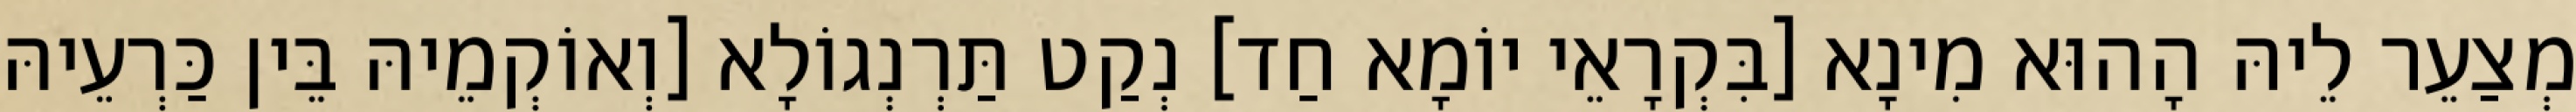
מְצַעֵר לֵיהּ הָהוּא מִינָא [בִּקְרָאֵי יוֹמָא חַד] נְקַט תַּרְנְגוֹלָא [וְאוֹקְמֵיהּ בֵּין כַּרְעֵיהּ